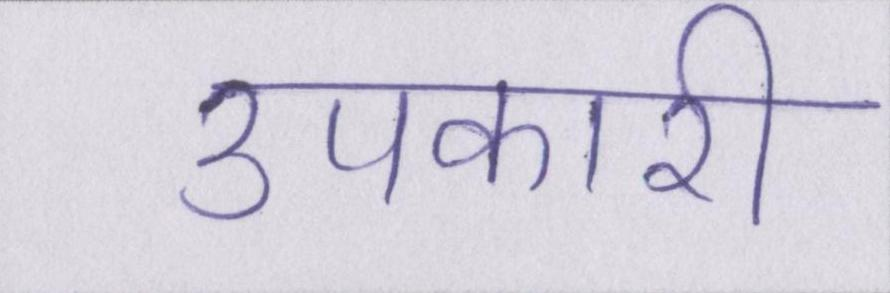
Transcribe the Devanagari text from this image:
उपकारी